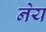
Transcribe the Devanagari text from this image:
नेय